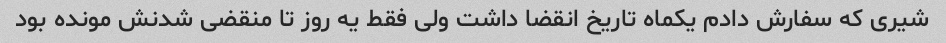
شیری که سفارش دادم یکماه تاریخ انقضا داشت ولی فقط یه روز تا منقضی شدنش مونده بود